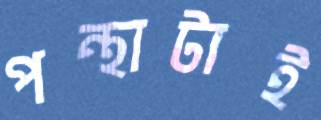
পন্থাটাই